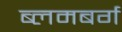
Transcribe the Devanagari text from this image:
ब्लमबर्ग